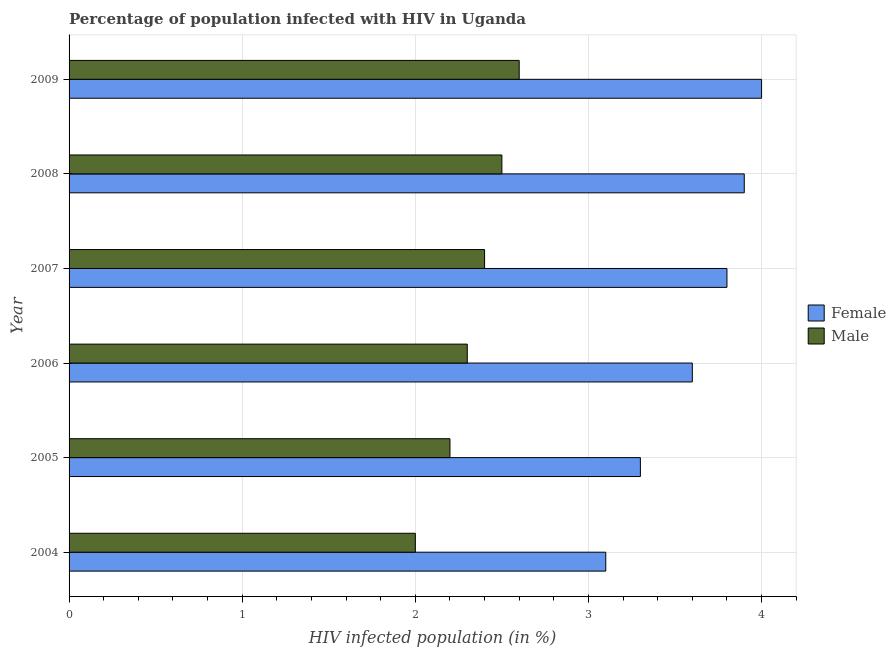
| Year | Female | Male |
 | --- | --- | --- |
 | 2004 | 3.1 | 2 |
 | 2005 | 3.3 | 2.2 |
 | 2006 | 3.6 | 2.3 |
 | 2007 | 3.8 | 2.4 |
 | 2008 | 3.9 | 2.5 |
 | 2009 | 4 | 2.6 |